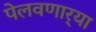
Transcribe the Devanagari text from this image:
पेलवणार्‍या